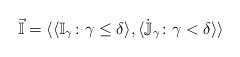
LaTeX: \begin{align*}\vec{\mathbb{I}} = \langle \langle \mathbb{I}_{\gamma} \colon \gamma \leq \delta \rangle, \langle \dot{\mathbb{J}}_{\gamma} \colon \gamma < \delta \rangle \rangle \end{align*}